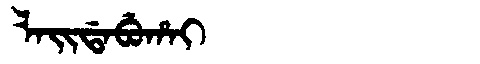
Manchu: ᠯᠠᡳᡩᠠᠪᡠᡥᠠᡳ
Romanization: LAIDABUHAI